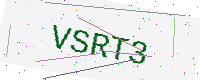
Text: VSRT3